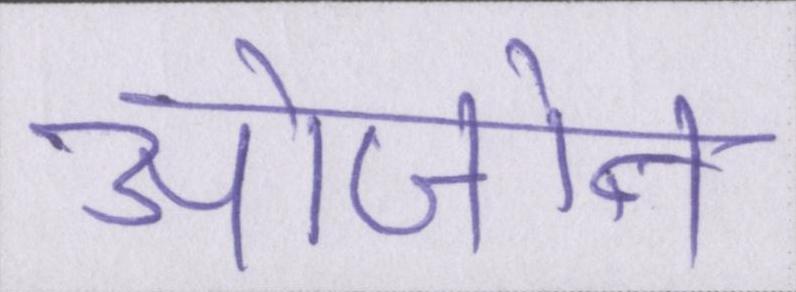
ओजोन